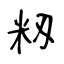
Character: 籾